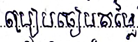
ប្រៀបធៀបតម្លៃ